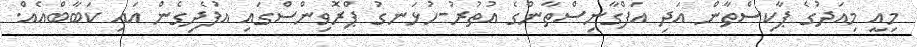
މިއީ މިއަދުގެ ޕާކިސްތާން އަދި އަފްގާނިސްތާންގެ އުތުރު-ހުޅަނގު ޕްރޮވިންސްގައި އުފެދިގެން އައި ކަބާބްއެއް.